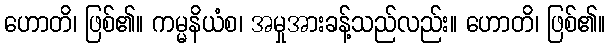
ဟောတိ၊ ဖြစ်၏။ ကမ္မနိယံစ၊ အမှုအားခန့်သည်လည်း။ ဟောတိ၊ ဖြစ်၏။